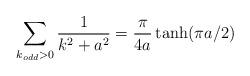
LaTeX: \begin{align*}\sum_{k_{odd}> 0}\frac{1}{k^2+a^2} =\frac{\pi}{4a} \tanh (\pi a/2)\end{align*}